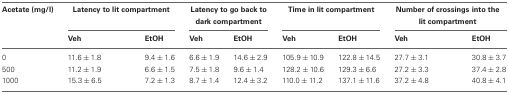
<table><thead><tr><td><b>Acetate (mg/l)</b></td><td colspan="2"><b>Latency to lit compartment</b></td><td colspan="2"><b>Latency to go back to dark compartment</b></td><td colspan="2"><b>Time in lit compartment</b></td><td colspan="2"><b>Number of crossings into the lit compartment</b></td></tr><tr><td></td><td><b>Veh</b></td><td><b>EtOH</b></td><td><b>Veh</b></td><td><b>EtOH</b></td><td><b>Veh</b></td><td><b>EtOH</b></td><td><b>Veh</b></td><td><b>EtOH</b></td></tr></thead><tbody><tr><td>0</td><td>11.6 ± 1.8</td><td>9.4 ± 1.6</td><td>6.6 ± 1.9</td><td>14.6 ± 2.9</td><td>105.9 ± 10.9</td><td>122.8 ± 14.5</td><td>27.7 ± 3.1</td><td>30.8 ± 3.7</td></tr><tr><td>500</td><td>11.2 ± 1.9</td><td>6.6 ± 1.5</td><td>7.5 ± 1.8</td><td>9.6 ± 1.4</td><td>128.2 ± 10.6</td><td>129.3 ± 6.6</td><td>27.2 ± 3.3</td><td>37.4 ± 2.8</td></tr><tr><td>1000</td><td>15.3 ± 6.5</td><td>7.2 ± 1.3</td><td>8.7 ± 1.4</td><td>12.4 ± 3.2</td><td>110.0 ± 11.2</td><td>137.1 ± 11.6</td><td>37.2 ± 4.8</td><td>40.8 ± 4.1</td></tr></tbody></table>